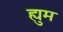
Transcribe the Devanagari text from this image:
ह्युम